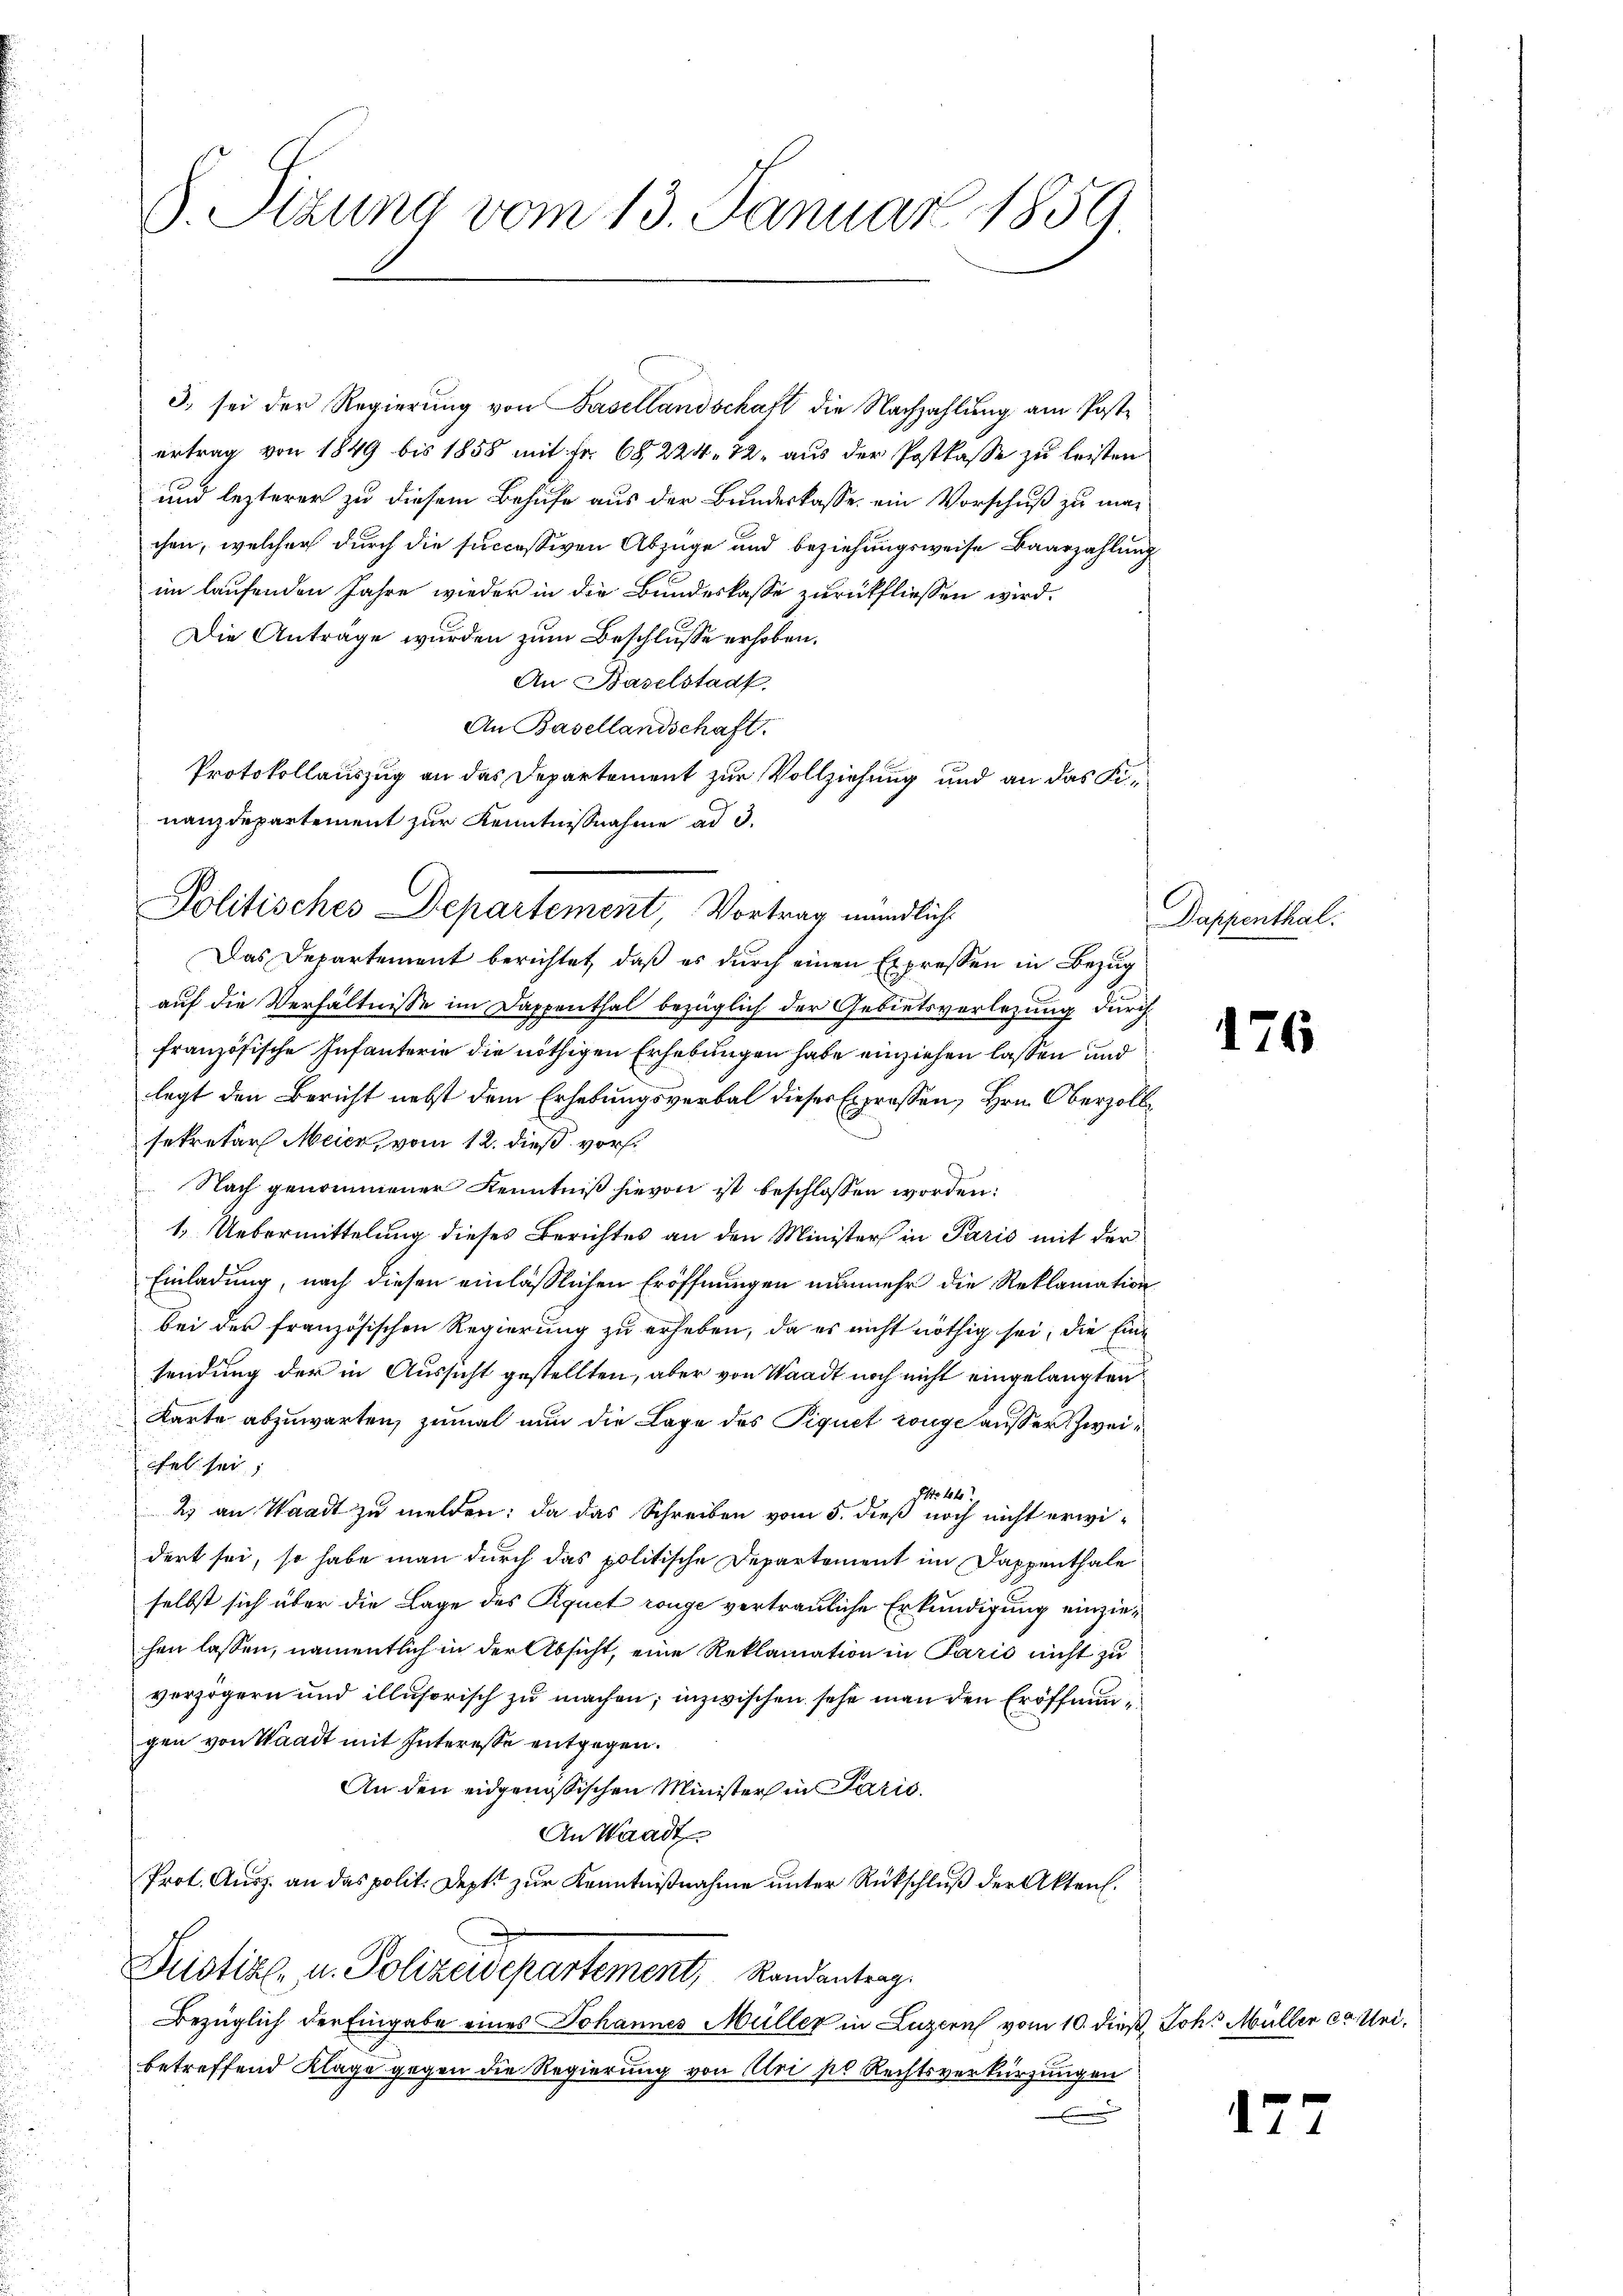
S. Stund vom 13. Januar 1859.

3. sei der Regierung von Basellandschaft die Nachzahlung am Postertrag von 1849 bis 1858 mit Fr. 68 224. 72, aus der Postkasse zu leisten
und lezterer zu diesem Behufe aus der Bundeskasse ein Vorschuß zu machen, welcher durch die successiven Abzüge und beziehungsweise Baarzahlung
im laufenden Jahre wieder in die Bundeskasse zurückfliessen wird.
Die Anträge wurden zum Beschlusse erhoben.
An Baselstadt.
An Basellandschaft.
Protokollauszug an das Departement zur Vollziehung und an das Kinanzdepartement zur Kenntnißnahme ad 3.

Das Departement berichtet, daß es durch einen Expressen in Bezug
auf die Verhältnisse im Dappenthal bezüglich der Gebietsverlegung durch
französische Infanterie die nöthigen Erhebungen habe einziehen lassen und
legt den Bericht nebst dem Erhebungsverbal dieses Exprossen, Hrn. Oberzollsekretär Meier, vom 12. dieß vor.
Nach genommener Kenntniß hievon ist beschlossen worden:
1. Uebermittelung dieses Berichtes an den Minister in Paris mit der
Einladung, nach diesen einläßlichen Eröffnungen nunmehr die Reklamation
bei der französischen Regierung zu erheben, da es nicht nöthig sei, die Einsendung der in Aussicht gestellten, aber von Waadt noch nicht eingelangten
Karte abzuwarten, zumal nun die Lage des Piquet rouge ausser Zweifel sei;
No 104
2) an Waadt zu melden; da das Schreiben vom 5. dieß noch nicht erwidert sei, so habe man durch das politische Departement im Dappenthale
selbst sich über die Lage des Rquet range vertrauliche Erkundigung einziehen lassen, namentlich in der Absicht, eine Reklamation in Paris nicht zu
vorzögern und illusorisch zu machen; inzwischen sehe man den Eröffnun
gen von Waadt mit Interesse entgegen.
An den eidgenössischen Minister in Paris
An Waadt.
Prot. Ausz. an das polit. Deptt zur Kenntnißnahme unter Rückschluß der Akten.
Justiz- u. Polizeidepartement, Randantrag.
Bezüglich der Eingabe eines Johannes Müller in Luzern vom 10. dieß, Joh. Müller da. Uri,
betreffend Klage gegen die Regierung von Klei pl Rechtsverkürzungen
.

Politisches Departement, Vortrag mündliche

Dappenthal.

176

1